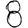
Digit: 8